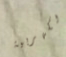
الكهربية